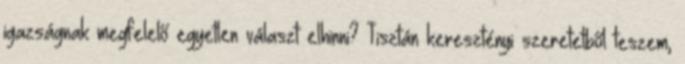
igazságnak megfelelő egyetlen választ elhinni? Tisztán keresztényi szeretetből teszem,